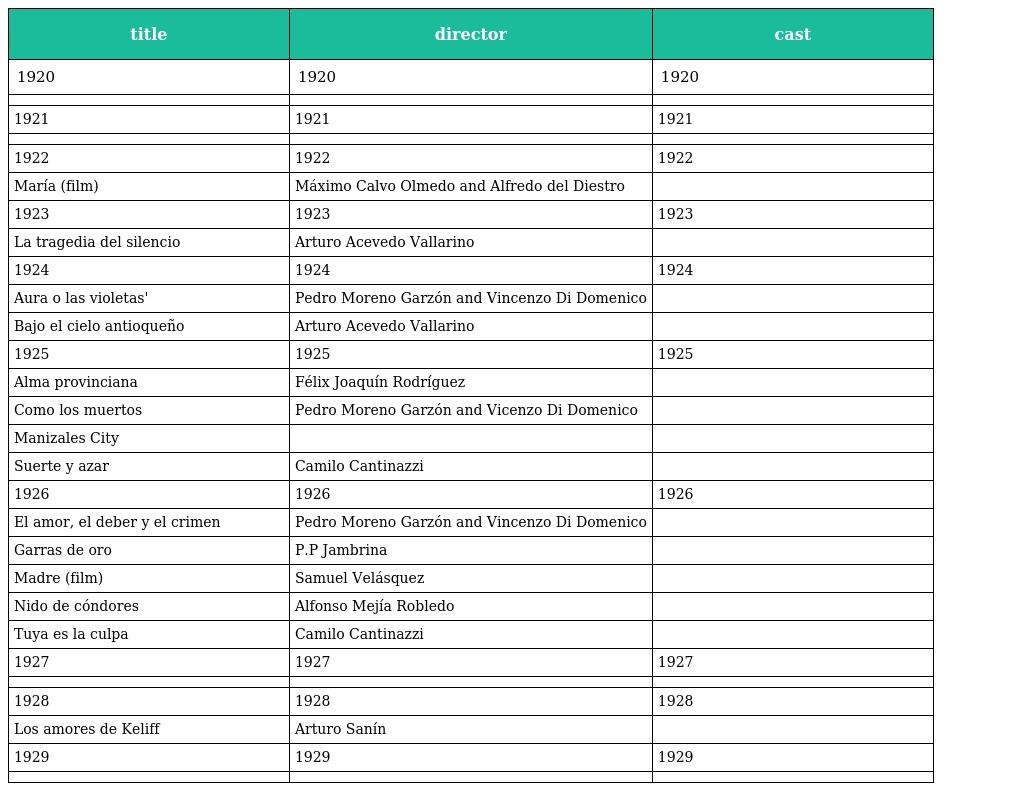
| title | director | cast |
 | --- | --- | --- |
 | 1920 | 1920 | 1920 |
 |  |  |  |
 | 1921 | 1921 | 1921 |
 |  |  |  |
 | 1922 | 1922 | 1922 |
 | María (film) | Máximo Calvo Olmedo and Alfredo del Diestro |  |
 | 1923 | 1923 | 1923 |
 | La tragedia del silencio | Arturo Acevedo Vallarino |  |
 | 1924 | 1924 | 1924 |
 | Aura o las violetas' | Pedro Moreno Garzón and Vincenzo Di Domenico |  |
 | Bajo el cielo antioqueño | Arturo Acevedo Vallarino |  |
 | 1925 | 1925 | 1925 |
 | Alma provinciana | Félix Joaquín Rodríguez |  |
 | Como los muertos | Pedro Moreno Garzón and Vicenzo Di Domenico |  |
 | Manizales City |  |  |
 | Suerte y azar | Camilo Cantinazzi |  |
 | 1926 | 1926 | 1926 |
 | El amor, el deber y el crimen | Pedro Moreno Garzón and Vincenzo Di Domenico |  |
 | Garras de oro | P.P Jambrina |  |
 | Madre (film) | Samuel Velásquez |  |
 | Nido de cóndores | Alfonso Mejía Robledo |  |
 | Tuya es la culpa | Camilo Cantinazzi |  |
 | 1927 | 1927 | 1927 |
 |  |  |  |
 | 1928 | 1928 | 1928 |
 | Los amores de Keliff | Arturo Sanín |  |
 | 1929 | 1929 | 1929 |
 |  |  |  |